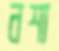
নশা